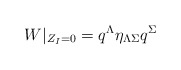
\begin{align*}W|_{Z_I=0}=q^\Lambda\eta_{\Lambda \Sigma}q^{\Sigma}\end{align*}